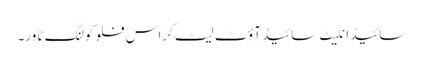
سائیڈ انلیٹ سائیڈ آؤٹ لیٹ کراس فلو کولنگ ٹاور۔